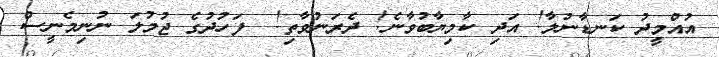
އުއްމީދު ކަނޑާނުލާ! އަދި ކާމިޔާބުވާނެ! ދެރަނުވާތި!  ފަހުދުގެ ޖުމުލަ ނުނިމެނީސް